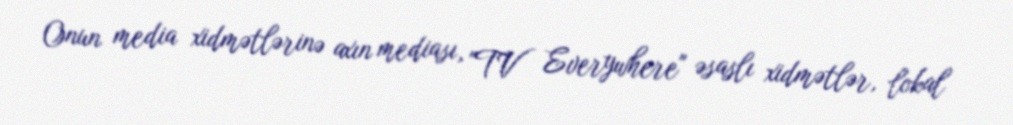
Onun media xidmətlərinə axın mediası, "TV Everywhere" əsaslı xidmətlər, lokal